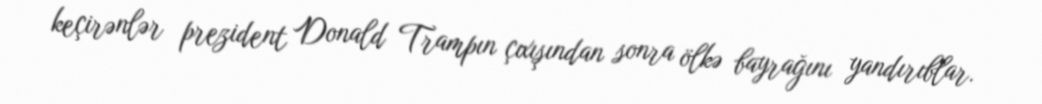
keçirənlər prezident Donald Trampın çıxışından sonra ölkə bayrağını yandırıblar.